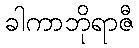
ခါကာဘိုရာဇီ